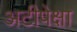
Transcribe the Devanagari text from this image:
अटीपेक्षा